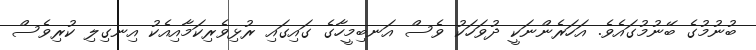
ބުނުމުގެ ބޭނުމުގައެވެ. އަހަރެންނަކީ ދުވަހަކު ވެސް އަނބިމީހާގެ ގައިގައި ރުޅިވެރިކަމާއިއެކު އިނގިލި ކުރިވެސް